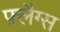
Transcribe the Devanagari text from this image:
फ़्लैग्स